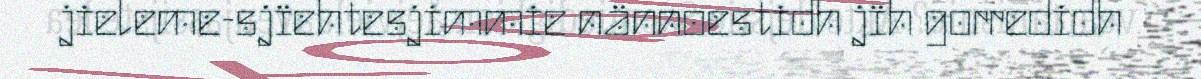
jieleme-sjïehtesjimmie nännoestidh jïh gorredidh